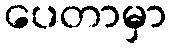
ပေတာမှာ